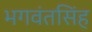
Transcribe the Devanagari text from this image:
भगवंतसिंह